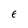
Character: E